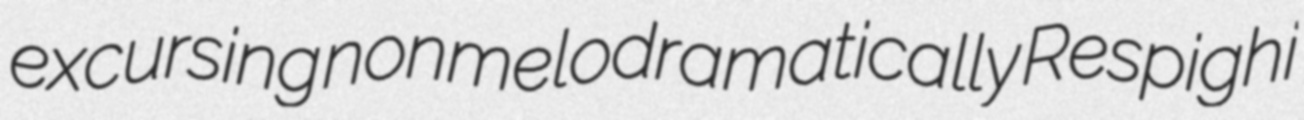
excursing nonmelodramatically Respighi